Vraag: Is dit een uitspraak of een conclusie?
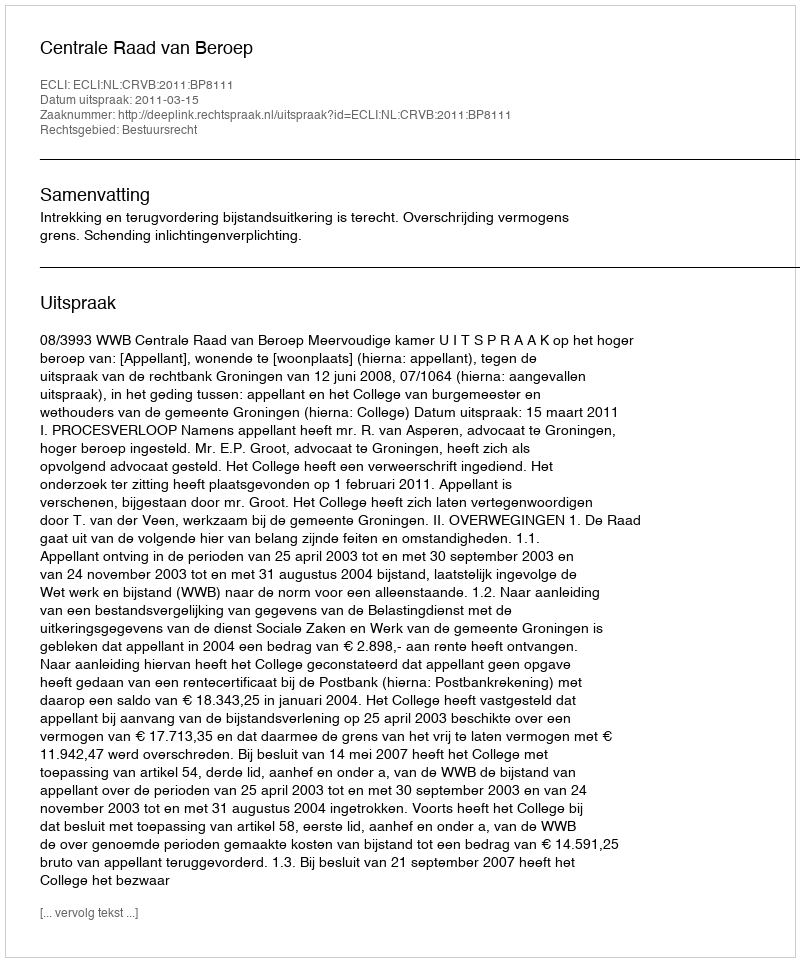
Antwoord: Uitspraak